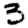
Digit: 3